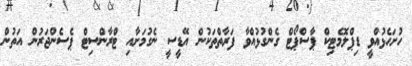
ހުށަހެޅުއްވީ ޑިޕްލޮމެޓިކް ޕާސްޕޯޓް ގެންގުޅުއްވާ ފަރާތްތަކުން އޭޑީސީ ނެގުމަށާއި ޓްރާންސިޓް ޕެސެންޖަރުން އަތުން